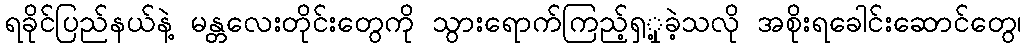
ရခိုင်ပြည်နယ်နဲ့ မန္တလေးတိုင်းတွေကို သွားရောက်ကြည့်ရှှု့ခဲ့သလို အစိုးရခေါင်းဆောင်တွေ၊